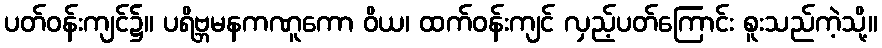
ပတ်ဝန်းကျင်၌။ ပရိဗ္ဘမနကဏူကော ဝိယ၊ ထက်ဝန်းကျင် လှည့်ပတ်ကြောင်း စူးသည်ကဲ့သို့။